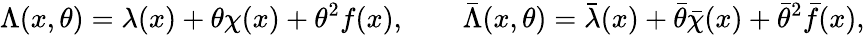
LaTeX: \Lambda(x,\theta)=\lambda(x)+\theta\chi(x)+\theta^{2}f(x),\qquad\bar{\Lambda}(x,\theta)=\bar{\lambda}(x)+\bar{\theta}\bar{\chi}(x)+\bar{\theta}^{2}\bar{f}(x),